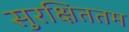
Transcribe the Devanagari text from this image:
सुरक्षिततम